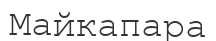
Майкапара